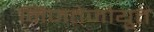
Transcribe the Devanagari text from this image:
निजतेजोयुत